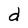
Character: d